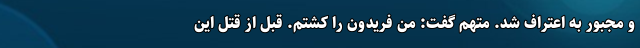
و مجبور به اعتراف شد. متهم گفت: من فریدون را کشتم. قبل از قتل این